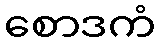
စောဒကံ